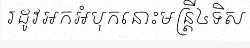
រដូវអកអំបុកនោះមន្ត្រី៤ទិស